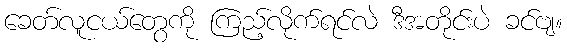
ခေတ်လူငယ်တွေကို ကြည့်လိုက်ရင်လဲ ဒီအတိုင်းပဲ ခင်ဗျ။